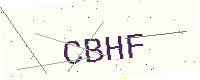
Text: CBHF